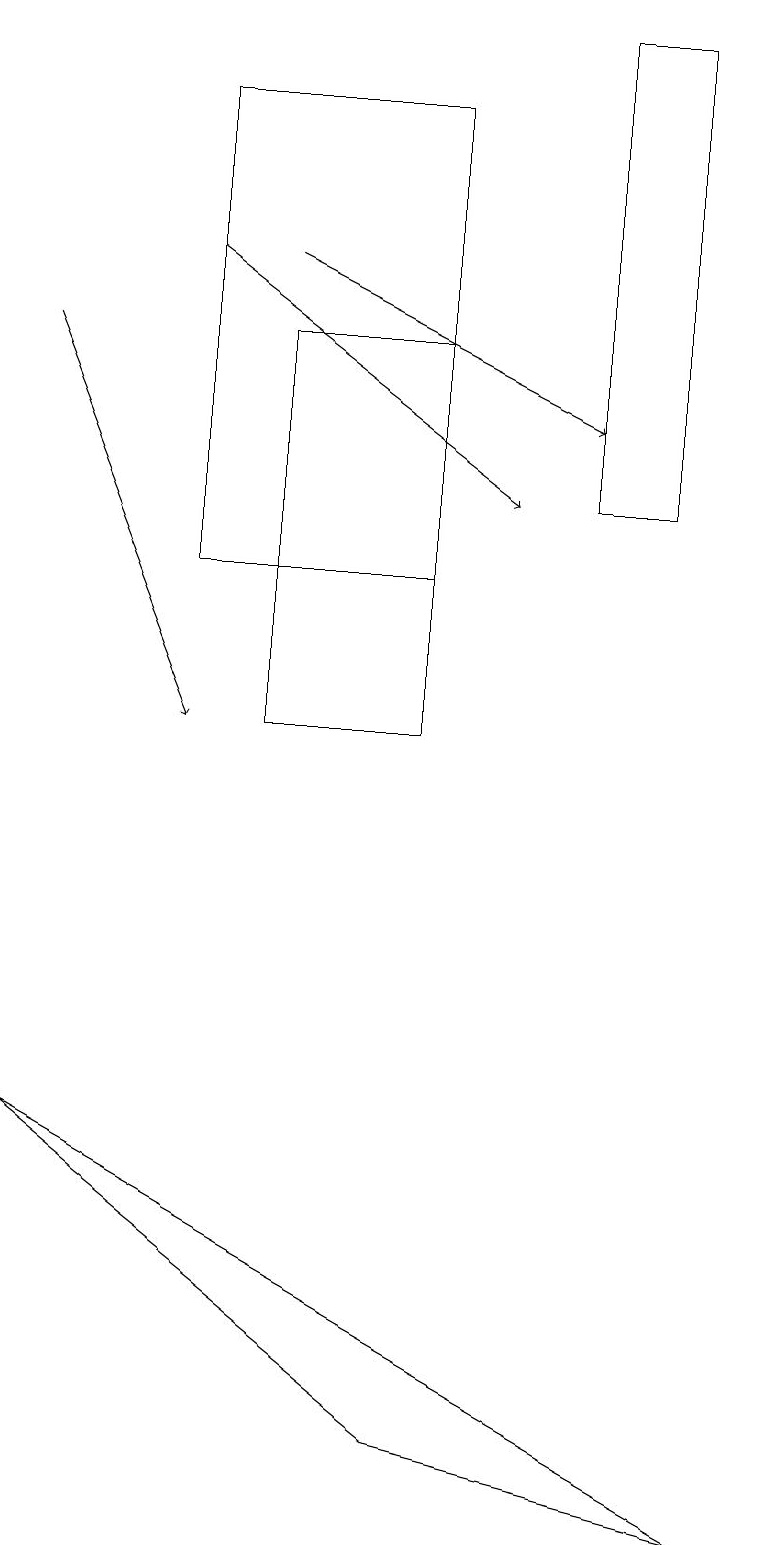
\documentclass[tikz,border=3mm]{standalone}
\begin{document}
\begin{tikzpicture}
\draw (7,19) rectangle (8,13);
\draw (9,0) -- (0,5) -- (5,1) -- cycle;
\draw (2,18) rectangle (5,12);
\draw[->] (3,16) -- (7,14);
\draw[->] (0,15) -- (2,10);
\draw[->] (2,16) -- (6,13);
\draw (3,10) rectangle (5,15);
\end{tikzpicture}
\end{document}